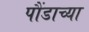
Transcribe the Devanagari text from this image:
पौंडाच्या